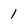
Character: 1